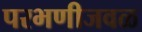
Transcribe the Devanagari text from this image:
परभणीजवळ